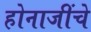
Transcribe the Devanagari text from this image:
होनाजींचे